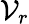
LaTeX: \mathcal{V}_{r}